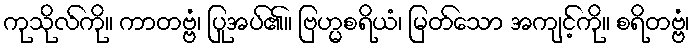
ကုသိုလ်ကို။ ကာတဗ္ဗံ၊ ပြုအပ်၏။ ဗြဟ္မစရိယံ၊ မြတ်သော အကျင့်ကို။ စရိတဗ္ဗံ၊